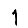
Digit: 1